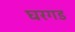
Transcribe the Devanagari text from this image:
घरगड